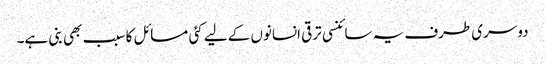
دوسری طرف یہ سائنسی ترقی انسانوں کے لیے کئی مسائل کا سبب بھی بنی ہے۔